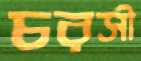
চরসী